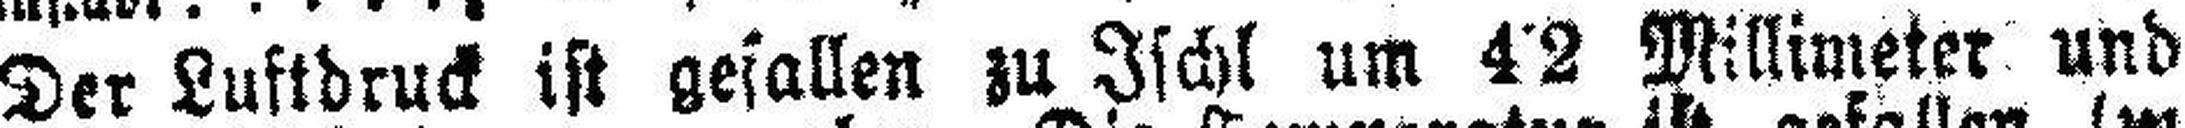
Der Luftdruck ist gefallen zu Ischl um 4•2 Millimeter und